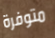
متوفرة